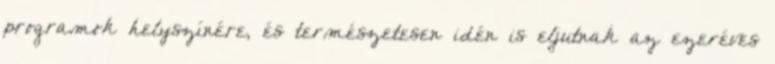
programok helyszínére, és természetesen idén is eljutnak az ezeréves